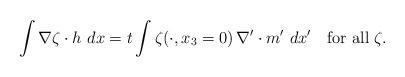
LaTeX: \begin{align*}\int\nabla\zeta\cdot h\, \, dx=t\int \zeta(\cdot, x_3=0) \, \nabla'\cdot m' \, \, dx'\quad\mbox{for all}\;\zeta.\end{align*}